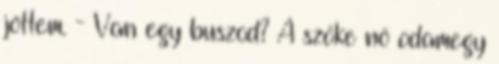
jöttem. - Van egy buszod? A szőke nő odamegy